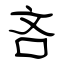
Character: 吝